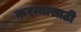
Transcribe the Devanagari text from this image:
क़रन्यासाठी